Scottish Leaving Certificate Examination, 1959
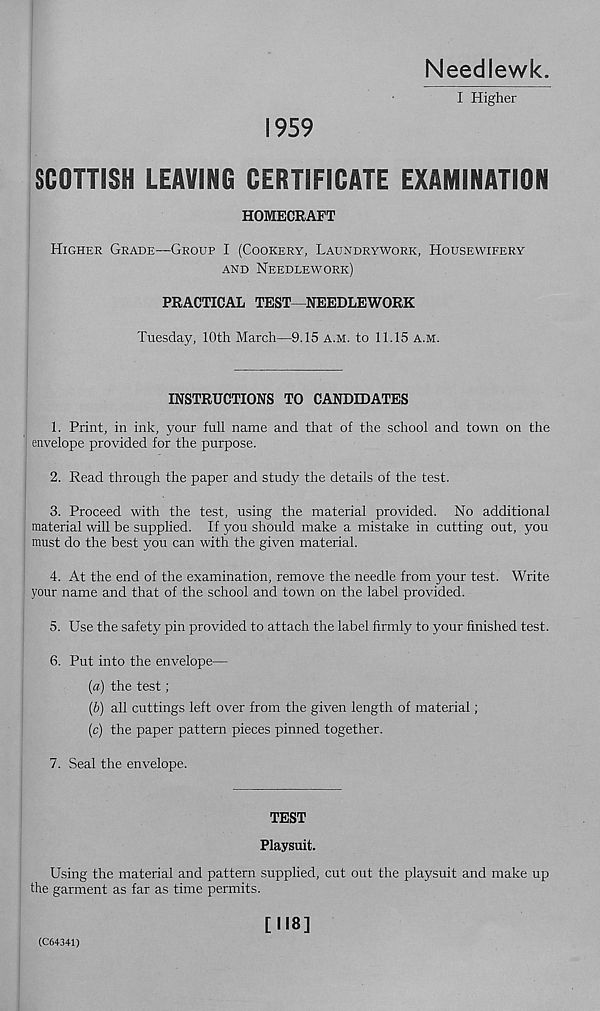
Needlewk.
I Higher
1959
SCOTTISH LEAVING CERTIFICATE EXAMINATION
HOMECRAFT
Higher Grade—Group I (Cookery, Laundrywork, Housewifery
and Needlework)
PRACTICAL TEST-NEEDLEWORK
Tuesday, 10th March—9.15 a.m. to 11.15 a.m.
INSTRUCTIONS TO CANDIDATES
1. Print, in ink, your full name and that of the school and town on the
envelope provided for the purpose.
2. Read through the paper and study the details of the test.
3. Proceed with the test, using the material provided. No additional
material will be supplied. If you should make a mistake in cutting out, you
must do the best you can with the given material.
4. At the end of the examination, remove the needle from your test. Write
your name and that of the school and town on the label provided.
5. Use the safety pin provided to attach the label firmly to your finished test.
6. Put into the envelope—
(a) the test;
(b) all cuttings left over from the given length of material;
(c) the paper pattern pieces pinned together.
7. Seal the envelope.
TEST
Playsuit.
Using the material and pattern supplied, cut out the playsuit and make up
the garment as far as time permits.
(C64341)
[118]